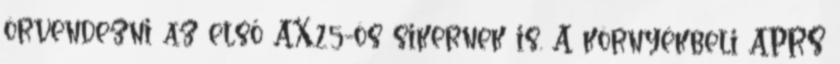
örvendezni az első AX.25-ös sikernek is. A környékbeli APRS